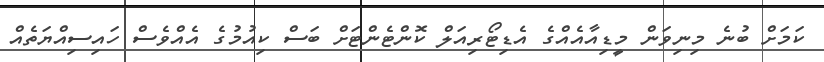
ކަމަށް ބުނެ މިނިވަން މީޑިއާއެއްގެ އެޑިޓޯރިއަލް ކޮންޓެންޓަށް ބަސް ކިއުމުގެ އެއްވެސް ހައިސިއްޔަތެއް